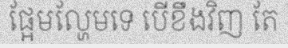
ផ្អែមល្ហែមទេ បើខឹងវិញ តែ